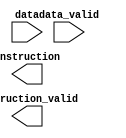
`default_nettype none

module decode(
    input  wire [79:0]  data,
    input  wire [4:0]   data_valid,
    output wire [191:0] instruction,
    output wire         instruction_valid
);



endmodule